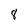
Character: 8